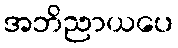
အဘိညာယပေ